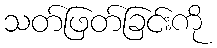
သတ်ဖြတ်ခြင်းကို